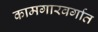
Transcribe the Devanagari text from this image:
कामगारवर्गात